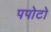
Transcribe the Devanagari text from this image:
पपोटो